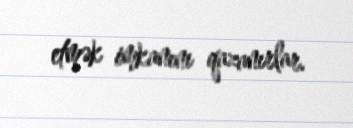
etmək imkanını qazanırlar.